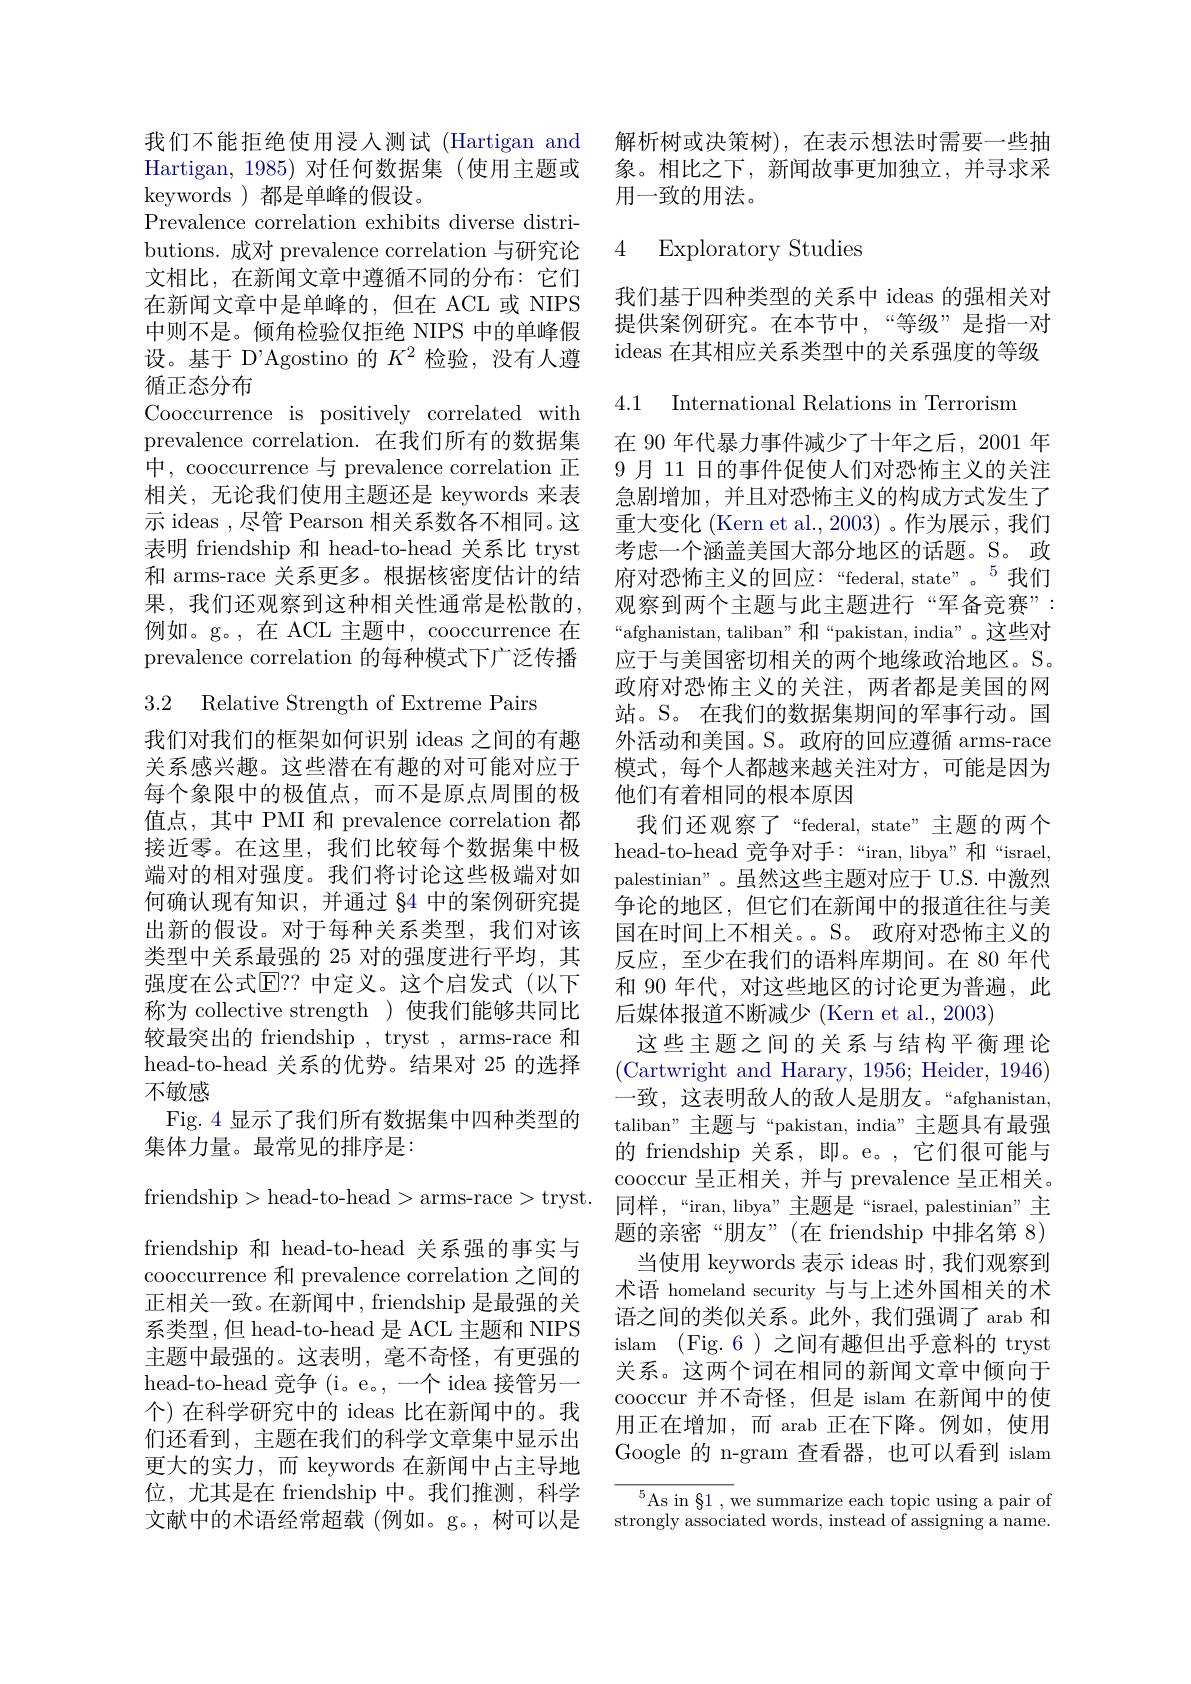
keywords )都是单峰的假设。
Prevalence correlation exhibits diverse distributions. 成对 prevalence correlation 与研究论文相比，在新闻文章中遵循不同的分布：它们在新闻文章中是单峰的，但在 ACL 或 NIPS 中则不是。倾角检验仅拒绝 NIPS 中的单峰假设。基于 D'Agostino 的$K^2$检验，没有人遵循正态分布
Cooccurrence is positively correlated with prevalence correlation. 在我们所有的数据集中，cooccurrence 与 prevalence correlation 正相关，无论我们使用主题还是 keywords 来表示 ideas , 尽管 Pearson 相关系数各不相同。这表明 friendship 和 head-to-head 关系比 tryst 和 arms-race 关系更多。根据核密度估计的结果，我们还观察到这种相关性通常是松散的， 例如。g。,在 ACL 主题中，cooccurrence 在prevalence correlation 的每种模式下广泛传播

3.2 Relative Strength of Extreme Pairs

我们对我们的框架如何识别 ideas 之间的有趣关系感兴趣。这些潜在有趣的对可能对应于每个象限中的极值点，而不是原点周围的极值点，其中 PMI 和 prevalence correlation 都接近零。在这里，我们比较每个数据集中极端对的相对强度。我们将讨论这些极端对如何确认现有知识，并通过$\S$4 中的案例研究提出新的假设。对于每种关系类型，我们对该类型中关系最强的 25 对的强度进行平均，其强度在公式$\mathbb{E}??$ 中定义。这个启发式(以下称为 collective strength )使我们能够共同比较最突出的 friendship , tryst , arms-race 和head-to-head 关系的优势。结果对 25 的选择不敏感
Fig. 4 显示了我们所有数据集中四种类型的
集体力量。最常见的排序是：
friendship> head- to- head> arms- race> tryst. friendship 和 head-to-head 关系强的事实与cooccurrence 和 prevalence correlation 之间的正相关一致。在新闻中，friendship 是最强的关系类型，但 head-to-head 是 ACL 主题和 NIPS 主题中最强的。这表明，毫不奇怪，有更强的head-to-head 竞争 (i。e。,一个 idea 接管另一个)在科学研究中的 ideas 比在新闻中的。我们还看到，主题在我们的科学文章集中显示出更大的实力，而 keywords 在新闻中占主导地位，尤其是在 friendship 中。我们推测，科学文献中的术语经常超载(例如。g。,树可以是

我们不能拒绝使用浸人测试 (Hartigan and 解析树或决策树),在表示想法时需要一些抽Hartigan, 1985) 对任何数据集 (使用主题或 象。相比之下，新闻故事更加独立，并寻求采
用一致的用法。

## 4 Exploratory Studies

我们基于四种类型的关系中 ideas 的强相关对提供案例研究。在本节中，“等级”是指一对ideas 在其相应关系类型中的关系强度的等级

4.1 International Relations in Terrorism

在 90 年代暴力事件减少了十年之后，2001 年9 月 11 日的事件促使人们对恐怖主义的关注急剧增加，并且对恐怖主义的构成方式发生了重大变化 (Kern et al.,2003)。作为展示，我们考虑一个涵盖美国大部分地区的话题。S。政府对恐怖主义的回应：“federal,state”。$^{5}$我们观察到两个主题与此主题进行“军备竞赛”: “afghanistan, taliban”和“pakistan, india”。这些对应于与美国密切相关的两个地缘政治地区。S。政府对恐怖主义的关注，两者都是美国的网站。S。在我们的数据集期间的军事行动。国外活动和美国。S。政府的回应遵循 arms-race 模式，每个人都越来越关注对方，可能是因为他们有着相同的根本原因
我们还观察了“federal, state”主题的两个head-to-head 竞争对手：“iran, libya”和“israel, palestinian"。虽然这些主题对应于 U.S. 中激烈争论的地区，但它们在新闻中的报道往往与美国在时间上不相关。。S。政府对恐怖主义的反应，至少在我们的语料库期间。在 80 年代和 90 年代，对这些地区的讨论更为普遍，此后媒体报道不断减少 (Kern et al., 2003)
这些主题之间的关系与结构平衡理论(Cartwright and Harary, 1956; Heider, 1946) 一致，这表明敌人的敌人是朋友。“afghanistan, taliban" 主题与“pakistan, india”主题具有最强的 friendship 关系，即。e。,它们很可能与cooccur 呈正相关，并与 prevalence 呈正相关。${\text{同样，“}}$iran, libya”主题是“israel, palestinian”主题的亲密“朋友”(在 friendship 中排名第 8)
当使用 keywords 表示 ideas 时，我们观察到术语 homeland security 与与上述外国相关的术语之间的类似关系。此外，我们强调了 arab 和islam ( Fig. 6) 之间有趣但出乎意料的 tryst 关系。这两个词在相同的新闻文章中倾向于cooccur 并不奇怪，但是 islam 在新闻中的使用正在增加，而 arab 正在下降。例如，使用Google 的 n-gram 查看器，也可以看到 islam
${\overline{{^5}}}$As in $\S1$,we summarize each topic using a pair of

strongly associated words, instead of assigning a name.